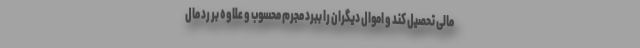
مالی تحصیل کند و اموال دیگران را ببرد مجرم محسوب و علاوه بر رد مال